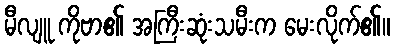
မီလျူ ကိုဗာ၏ အကြီးဆုံးသမီးက မေးလိုက်၏။